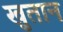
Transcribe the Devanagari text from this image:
खुतान